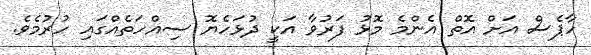
ހާޕެސް އަށް އޮތް އެންމެ މޮޅު ފަރުވާ އަކީ ދުޅަހެޔޮ ސިއްހަތެއްގައި ހުރުމެވެ.